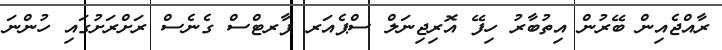
ރާއްޖެއިން ބޭރުން އިތުބާރު ހިފޭ އޮރިޖިނަލް ސްޕެއަރ ޕާރޓްސް ގެނެސް ރަށްރަށުގައި ހުންނަ